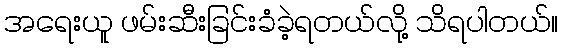
အရေးယူ ဖမ်းဆီးခြင်းခံခဲ့ရတယ်လို့ သိရပါတယ်။